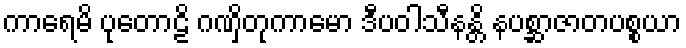
ကာရေမိ ပုတောဠိ ဂဏှိတုကာမော ဒီပဝါသီနန္တိ နပစ္ဆာဇာတပစ္စယာ